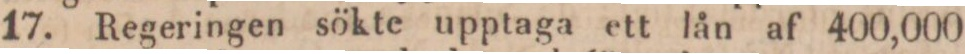
17. Regeringen sökte upptaga ett lån af 400,000